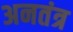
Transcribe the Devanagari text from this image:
अनतंत्र